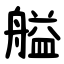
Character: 艗